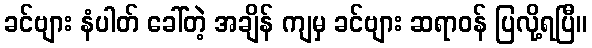
ခင်ဗျား နံပါတ် ခေါ်တဲ့ အချိန် ကျမှ ခင်ဗျား ဆရာဝန် ပြလို့ရပြီ။